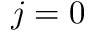
j = 0